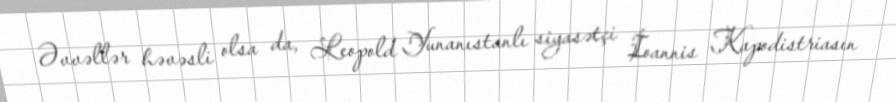
Əvvəllər həvəsli olsa da, Leopold Yunanıstanlı siyasətçi İoannis Kapodistriasın